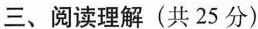
三、阅读理解(共25分)